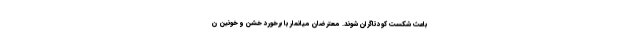
باعث شکست کودتاگران شوند. معترضان میانمار با برخورد خشن و خونین ن